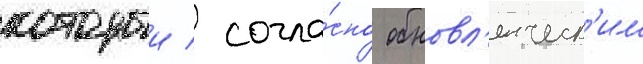
которыи / согла́сно обновл'енческ'им